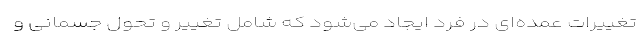
تغییرات عمده‌ای در فرد ایجاد می‌شود که شامل تغییر و تحول جسمانی و